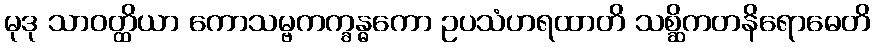
မုဒု သာဝတ္ထိယာ ကောသမ္ဗကက္ခန္ဓကော ဥပသံဟရထာတိ သစ္ဆိကတနိရောဓေတိ